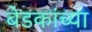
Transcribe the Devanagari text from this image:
बेडकांच्या